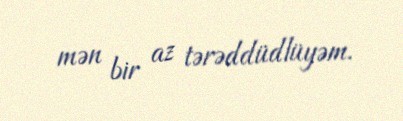
mən bir az tərəddüdlüyəm.